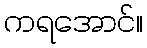
ကရအောင်။